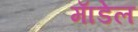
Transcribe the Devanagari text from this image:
माॅडेल